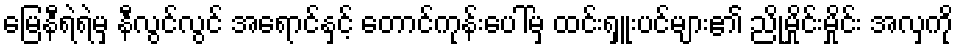
မြေနီရဲရဲမှ နီလွင်လွင် အရောင်နှင့် တောင်ကုန်းပေါ်မှ ထင်းရှူးပင်များ၏ ညိုမှိုင်းမှိုင်း အလှကို